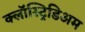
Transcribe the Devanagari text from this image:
क्लॉस्ट्रिडिअम